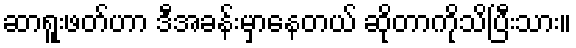
ဆာရူးဖတ်ဟာ ဒီအခန်းမှာနေတယ် ဆိုတာကိုသိပြီးသား။